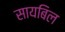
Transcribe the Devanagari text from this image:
सायबिल